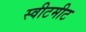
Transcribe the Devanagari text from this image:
स्वीटमीट